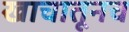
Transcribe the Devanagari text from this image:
खाचातूनच